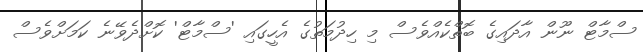
ސްމާޓް ނޫން އާދައިގެ ބޮތްކެއްވެސް މި ހިދުމަތުގެ އެހީގައި 'ސްމާޓް' ކޮށްދެވޭނެ ކަމަށްވެސް